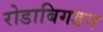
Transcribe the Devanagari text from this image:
रोडाबिगडन